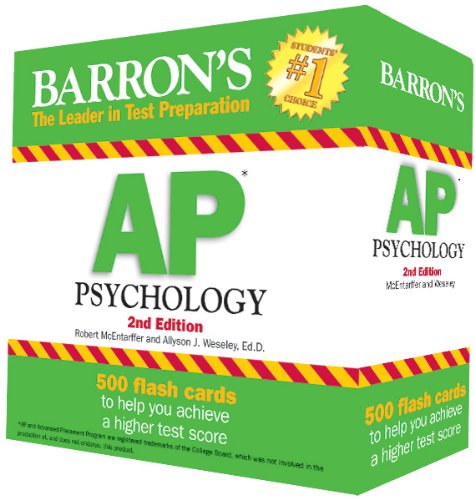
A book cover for Barron's AP Psychology Flash Cards, 2nd Edition; Robert McEntarffer; Test Preparation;